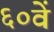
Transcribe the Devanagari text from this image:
६०वें